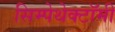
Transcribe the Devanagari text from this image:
सिम्पेथेक्टॉमी